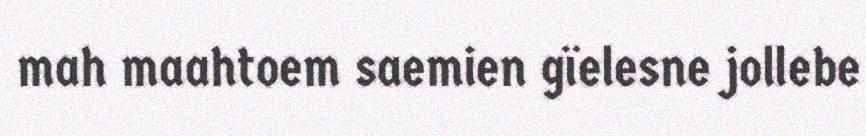
mah maahtoem saemien gïelesne jollebe